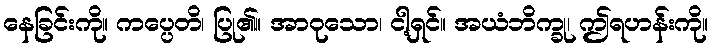
နေခြင်းကို။ ကပ္ပေတိ၊ ပြု၏။ အာဝုသော၊ ငါ့ရှင်။ အယံဘိက္ခု၊ ဤရဟန်းကို။